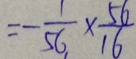
= - \frac { 1 } { 5 6 } \times \frac { 5 6 } { 1 6 }